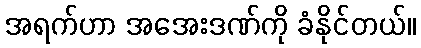
အရက်ဟာ အအေးဒဏ်ကို ခံနိုင်တယ်။